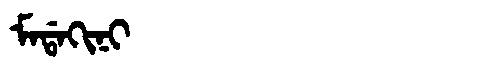
Manchu: ᠮᠠᡩᠠᡴᡳᠨᡳ
Romanization: MADAKINI